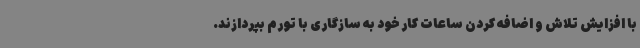
با افزایش تلاش و اضافه کردن ساعات کار خود به سازگاری با تورم بپردازند.